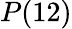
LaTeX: P(12)